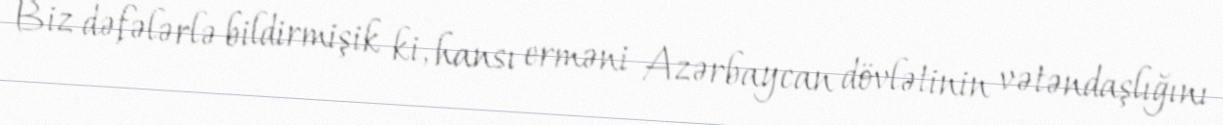
Biz dəfələrlə bildirmişik ki, hansı erməni Azərbaycan dövlətinin vətəndaşlığını